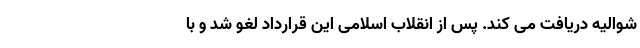
شوالیه دریافت می کند. پس از انقلاب اسلامی این قرارداد لغو شد و با